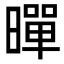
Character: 暺